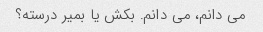
می دانم، می دانم. بکش یا بمیر درسته؟